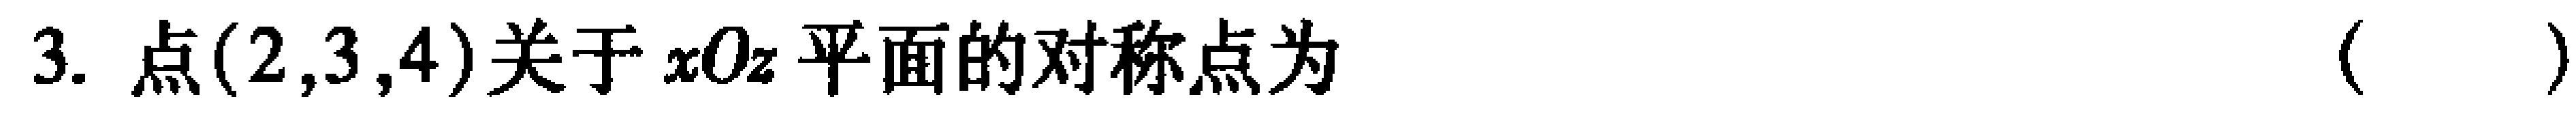
3. 点$(2,3,4)$关于$xOz$平面的对称点为 （  ）